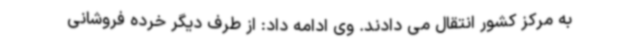
به مرکز کشور انتقال می دادند. وی ادامه داد: از طرف دیگر خرده فروشانی